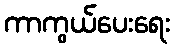
ကာကွယ်ပေးရေး